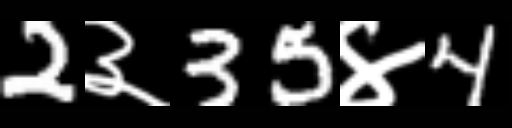
Text: 2३35४4